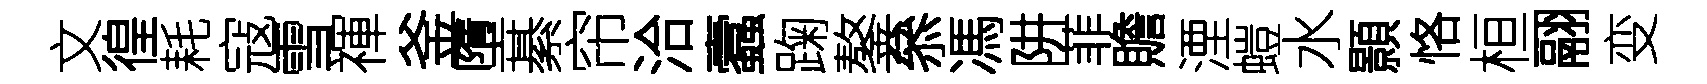
文徨耗寇雪禈釜墮綦帘洽蠧踘鏊叅馮阱菲贍湮螘水顥恪桓翮变